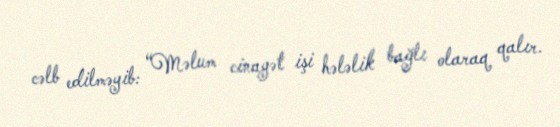
cəlb edilməyib: “Məlum cinayət işi hələlik bağlı olaraq qalır.